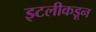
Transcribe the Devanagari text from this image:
इटलीकडून